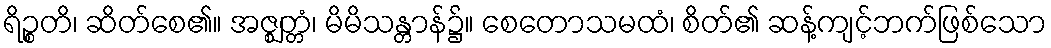
ရိဉ္စတိ၊ ဆိတ်စေ၏။ အဇ္ဈတ္တံ၊ မိမိသန္တာန်၌။ စေတောသမထံ၊ စိတ်၏ ဆန့်ကျင့်ဘက်ဖြစ်သော